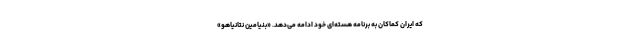
که ایران کماکان به برنامه هسته‌ای خود ادامه می‌دهد. «بنیامین نتانیاهو»